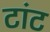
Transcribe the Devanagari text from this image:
टांट